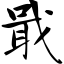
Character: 戢